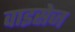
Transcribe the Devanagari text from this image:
वाइसेज